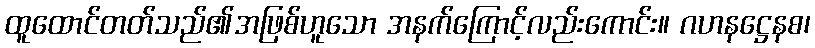
ထူထောင်တတ်သည်၏အဖြစ်ဟူသော အနက်ကြောင့်လည်းကောင်း။ ဂဟနဋ္ဌေနစ၊